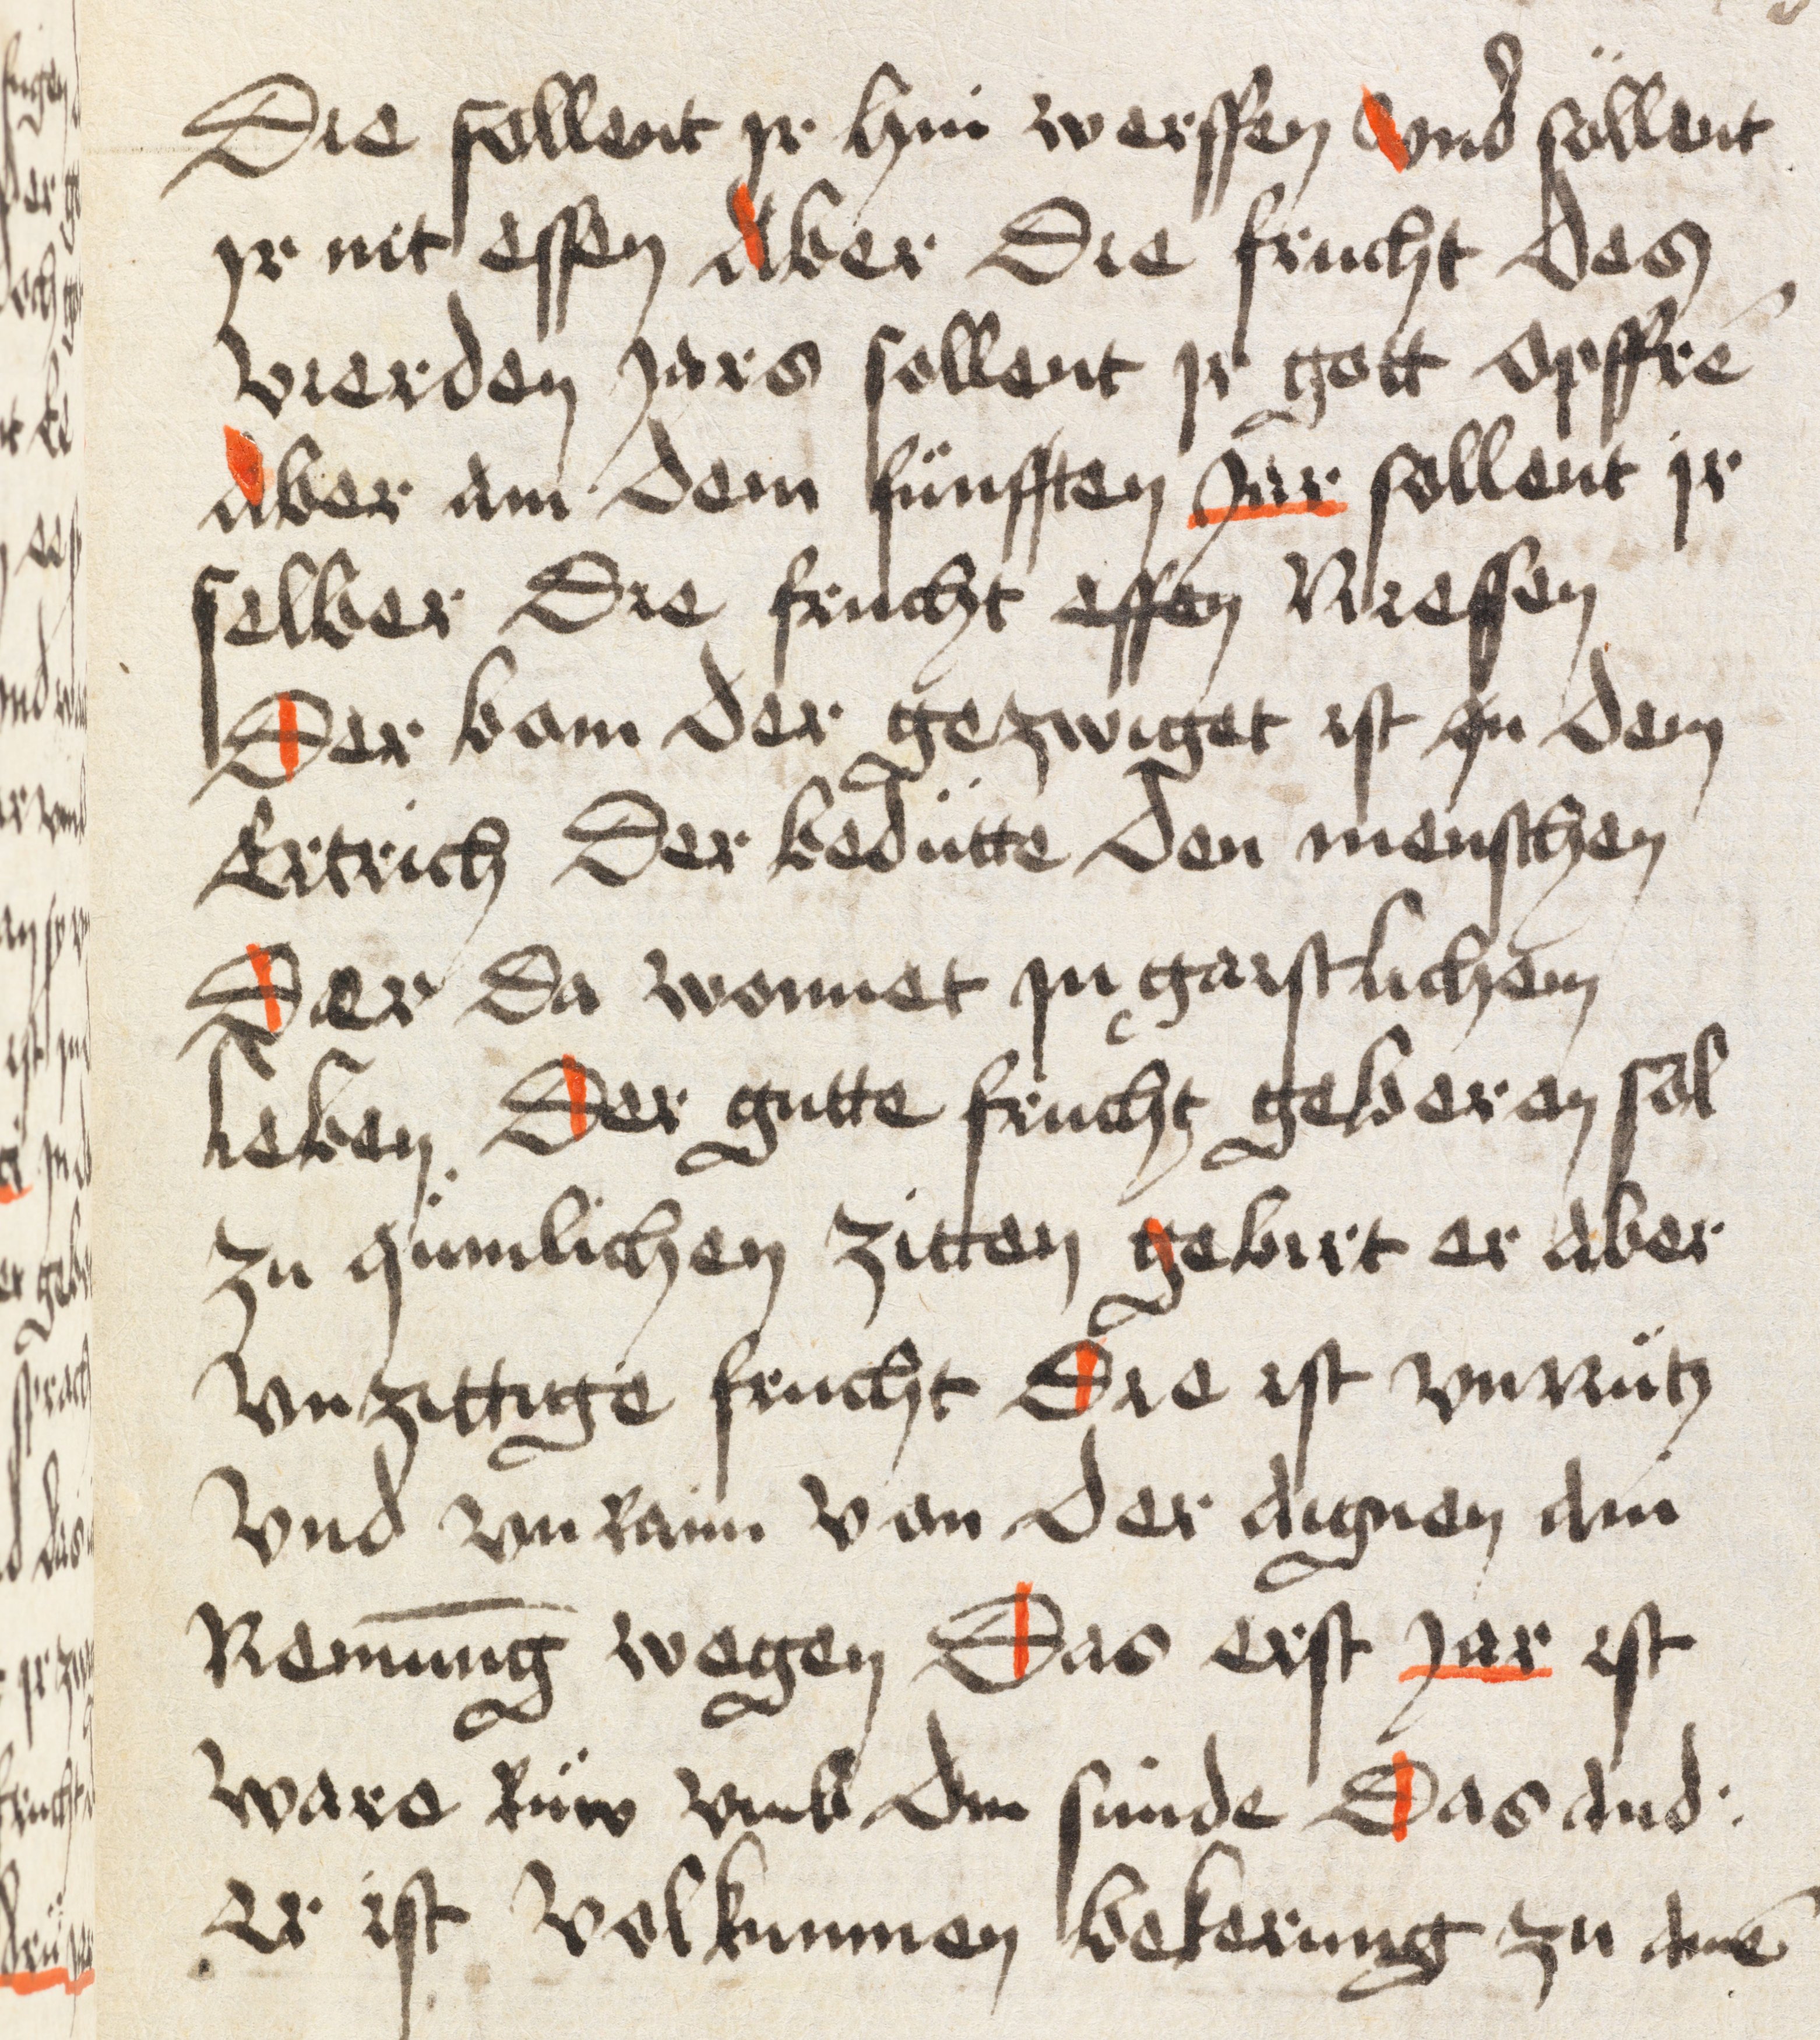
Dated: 1498–1498